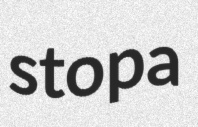
stopa